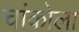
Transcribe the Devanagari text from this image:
चांकोला